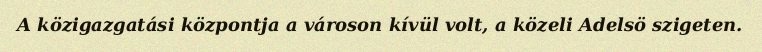
A közigazgatási központja a városon kívül volt, a közeli Adelsö szigeten.